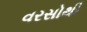
વરસોથી